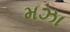
મઝા